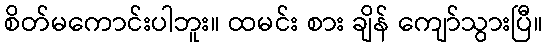
စိတ်မကောင်းပါဘူး။ ထမင်း စား ချိန် ကျော်သွားပြီ။